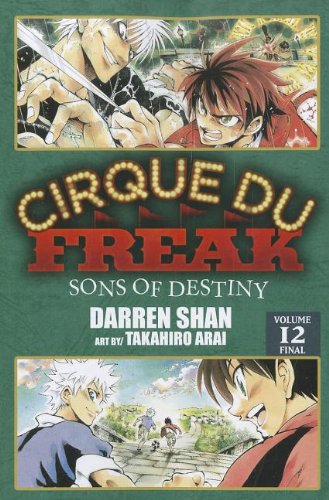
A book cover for Cirque Du Freak: The Manga, Vol. 12: Sons of Destiny; Darren Shan; Teen & Young Adult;